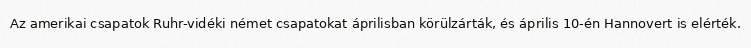
Az amerikai csapatok Ruhr-vidéki német csapatokat áprilisban körülzárták, és április 10-én Hannovert is elérték.